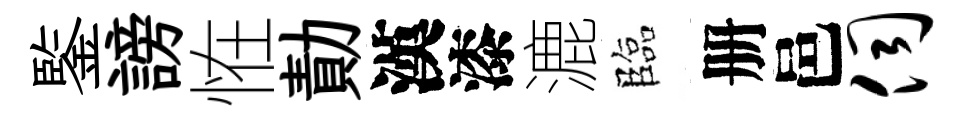
鍳謗恠勣漢漆漉臨册邑伺